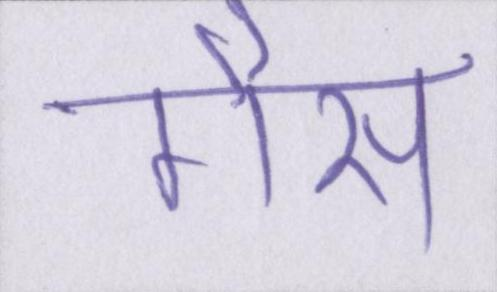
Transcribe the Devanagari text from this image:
गैस